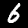
Label: 6